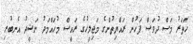
ހަތަރު މަސް ދުވަސް ފަހުން ރައްޔިތުންގެ މަޖިލީހުގެ ރައީސް މުހައްމަދު ނަޝީދު އެނބުރި